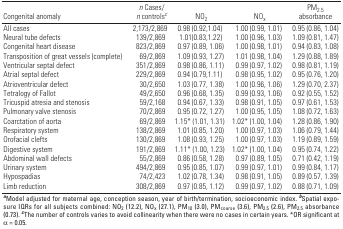
<table><thead><tr><td><b>Congenital anomaly</b></td><td><b><i>n</i> Cases/<i>n</i> controls<sup><i>c</i></sup></b></td><td><b>NO<sub>2</sub></b></td><td><b>NO<sub>x</sub></b></td><td><b>PM<sub>2.5</sub> absorbance </b></td></tr></thead><tbody><tr><td><b>All cases</b></td><td>2,173/2,869</td><td>0.98 (0.92,1.04)</td><td>1.00 (0.99, 1.01)</td><td>0.95 (0.86, 1.04)</td></tr><tr><td><b>Neural tube defects</b></td><td>139/2,869</td><td>1.01(0.83,1.22)</td><td>1.00 (0.96, 1.03)</td><td>1.09 (0.81, 1.47)</td></tr><tr><td><b>Congenital heart disease</b></td><td>823/2,869</td><td>0.97 (0.89, 1.06)</td><td>1.00 (0.98, 1.01)</td><td>0.94 (0.83, 1.08)</td></tr><tr><td><b>Transposition of great vessels (complete)</b></td><td>69/2,869</td><td>1.09 (0.93, 1.27)</td><td>1.01 (0.98, 1.04)</td><td>1.29 (0.88, 1.89)</td></tr><tr><td><b>Ventricular septal defect</b></td><td>351/2,869</td><td>0.98 (0.86, 1.11)</td><td>0.99 (0.97, 1.02)</td><td>0.98 (0.81, 1.19)</td></tr><tr><td><b>Atrial septal defect</b></td><td>229/2,869</td><td>0.94 (0.79,1.11)</td><td>0.98 (0.95, 1.02)</td><td>0.95 (0.76, 1.20)</td></tr><tr><td><b>Atrioventricular defect</b></td><td>30/2,650</td><td>1.03 (0.77, 1.38)</td><td>1.00 (0.96, 1.06)</td><td>1.29 (0.70, 2.37)</td></tr><tr><td><b>Tetralogy of Fallot</b></td><td>49/2,650</td><td>0.96 (0.68, 1.35)</td><td>0.99 (0.93, 1.06)</td><td>0.92 (0.55, 1.52)</td></tr><tr><td><b>Tricuspid atresia and stenosis</b></td><td>59/2,168</td><td>0.94 (0.67, 1.33)</td><td>0.98 (0.91, 1.05)</td><td>0.97 (0.61, 1.53)</td></tr><tr><td><b>Pulmonary valve stenosis</b></td><td>70/2,869</td><td>0.95 (0.72, 1.27)</td><td>1.00 (0.95, 1.05)</td><td>1.08 (0.72, 1.63)</td></tr><tr><td><b>Coarctation of aorta</b></td><td>69/2,869</td><td>1.15* (1.01, 1.31)</td><td>1.02* (1.00, 1.04)</td><td>1.28 (0.86, 1.90)</td></tr><tr><td><b>Respiratory system</b></td><td>138/2,869</td><td>1.01 (0.85, 1.20)</td><td>1.00 (0.97, 1.03)</td><td>1.06 (0.79, 1.44)</td></tr><tr><td><b>Orofacial clefts</b></td><td>130/2,869</td><td>1.08 (0.93, 1.25)</td><td>1.00 (0.97, 1.03)</td><td>1.19 (0.89, 1.59)</td></tr><tr><td><b>Digestive system</b></td><td>191/2,869</td><td>1.11* (1.00, 1.23)</td><td>1.02* (1.00, 1.04)</td><td>0.95 (0.74, 1.22)</td></tr><tr><td><b>Abdominal wall defects</b></td><td>55/2,869</td><td>0.86 (0.58, 1.28)</td><td>0.97 (0.89, 1.05)</td><td>0.71 (0.42, 1.19)</td></tr><tr><td><b>Urinary system</b></td><td>494/2,869</td><td>0.95 (0.85, 1.07)</td><td>0.99 (0.97, 1.01)</td><td>0.99 (0.84, 1.17)</td></tr><tr><td><b>Hypospadias</b></td><td>74/2,423</td><td>1.02 (0.78, 1.34)</td><td>0.98 (0.91, 1.05)</td><td>0.89 (0.57, 1.39)</td></tr><tr><td><b>Limb reduction</b></td><td>308/2,869</td><td>0.97 (0.85, 1.12)</td><td>0.99 (0.97, 1.02)</td><td>0.88 (0.71, 1.09)</td></tr><tr><td colspan="5"><sup><i><b>a</b></i></sup>Model adjusted for maternal age, conception season, year of birth/termination, socioeconomic index. <sup><i><b>b</b></i></sup>Spatial exposure IQRs for all subjects combined: NO<sub>2</sub> (12.2), NO<sub>x</sub> (27.1), PM<sub>10</sub> (3.0), PM<sub>coarse</sub> (3.6), PM<sub>2.5</sub> (2.6), PM<sub>2.5</sub> absorbance (0.73). <sup><i><b>c</b></i></sup>The number of controls varies to avoid collinearity when there were no cases in certain years. *OR significant at α = 0.05.</td></tr></tbody></table>